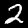
Label: 2